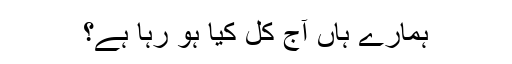
ہمارے ہاں آج کل کیا ہو رہا ہے؟